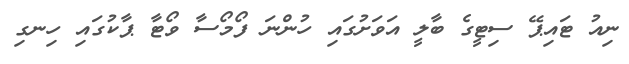
ނިއު ޓައިޕޭ ސިޓީގެ ބާލީ އަވަށުގައި ހުންނަ ފޯމޯސާ ވޯޓާ ޕާކުގައި ހިނގި